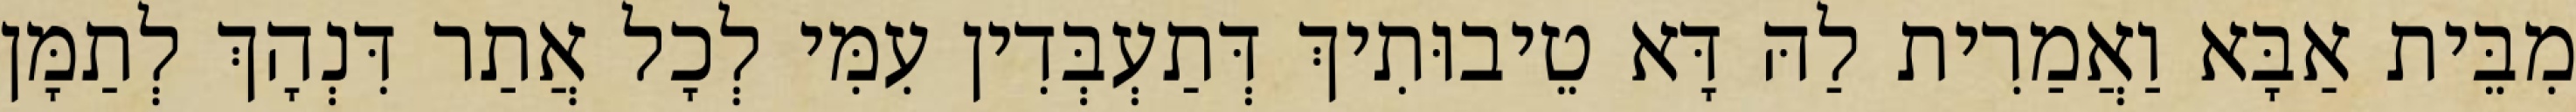
מִבֵּית אַבָּא וַאֲמַרִית לַהּ דָּא טֵיבוּתִיךְ דְּתַעְבְּדִין עִמִּי לְכָל אֲתַר דִּנְהָךְ לְתַמָּן